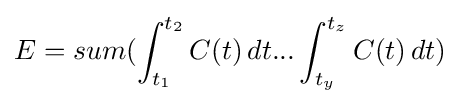
E=sum(\int _{t_{1}}^{t_{2}}C(t)\,dt...\int _{t_{y}}^{t_{z}}C(t)\,dt)